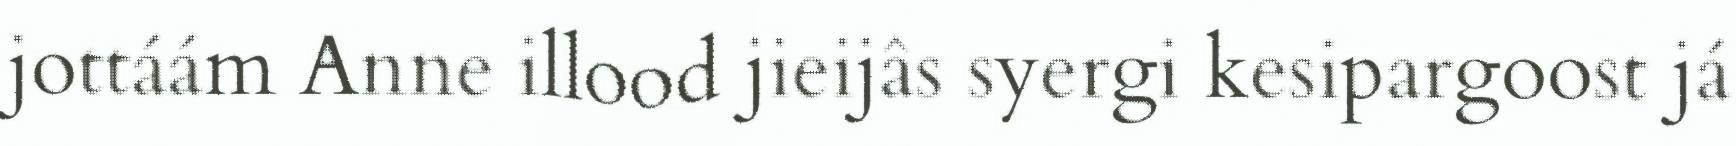
jottáám Anne illood jieijâs syergi kesipargoost já